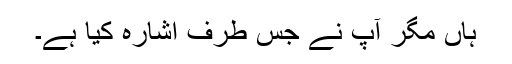
ہاں مگر آپ نے جس طرف اشارہ کِیا ہے۔